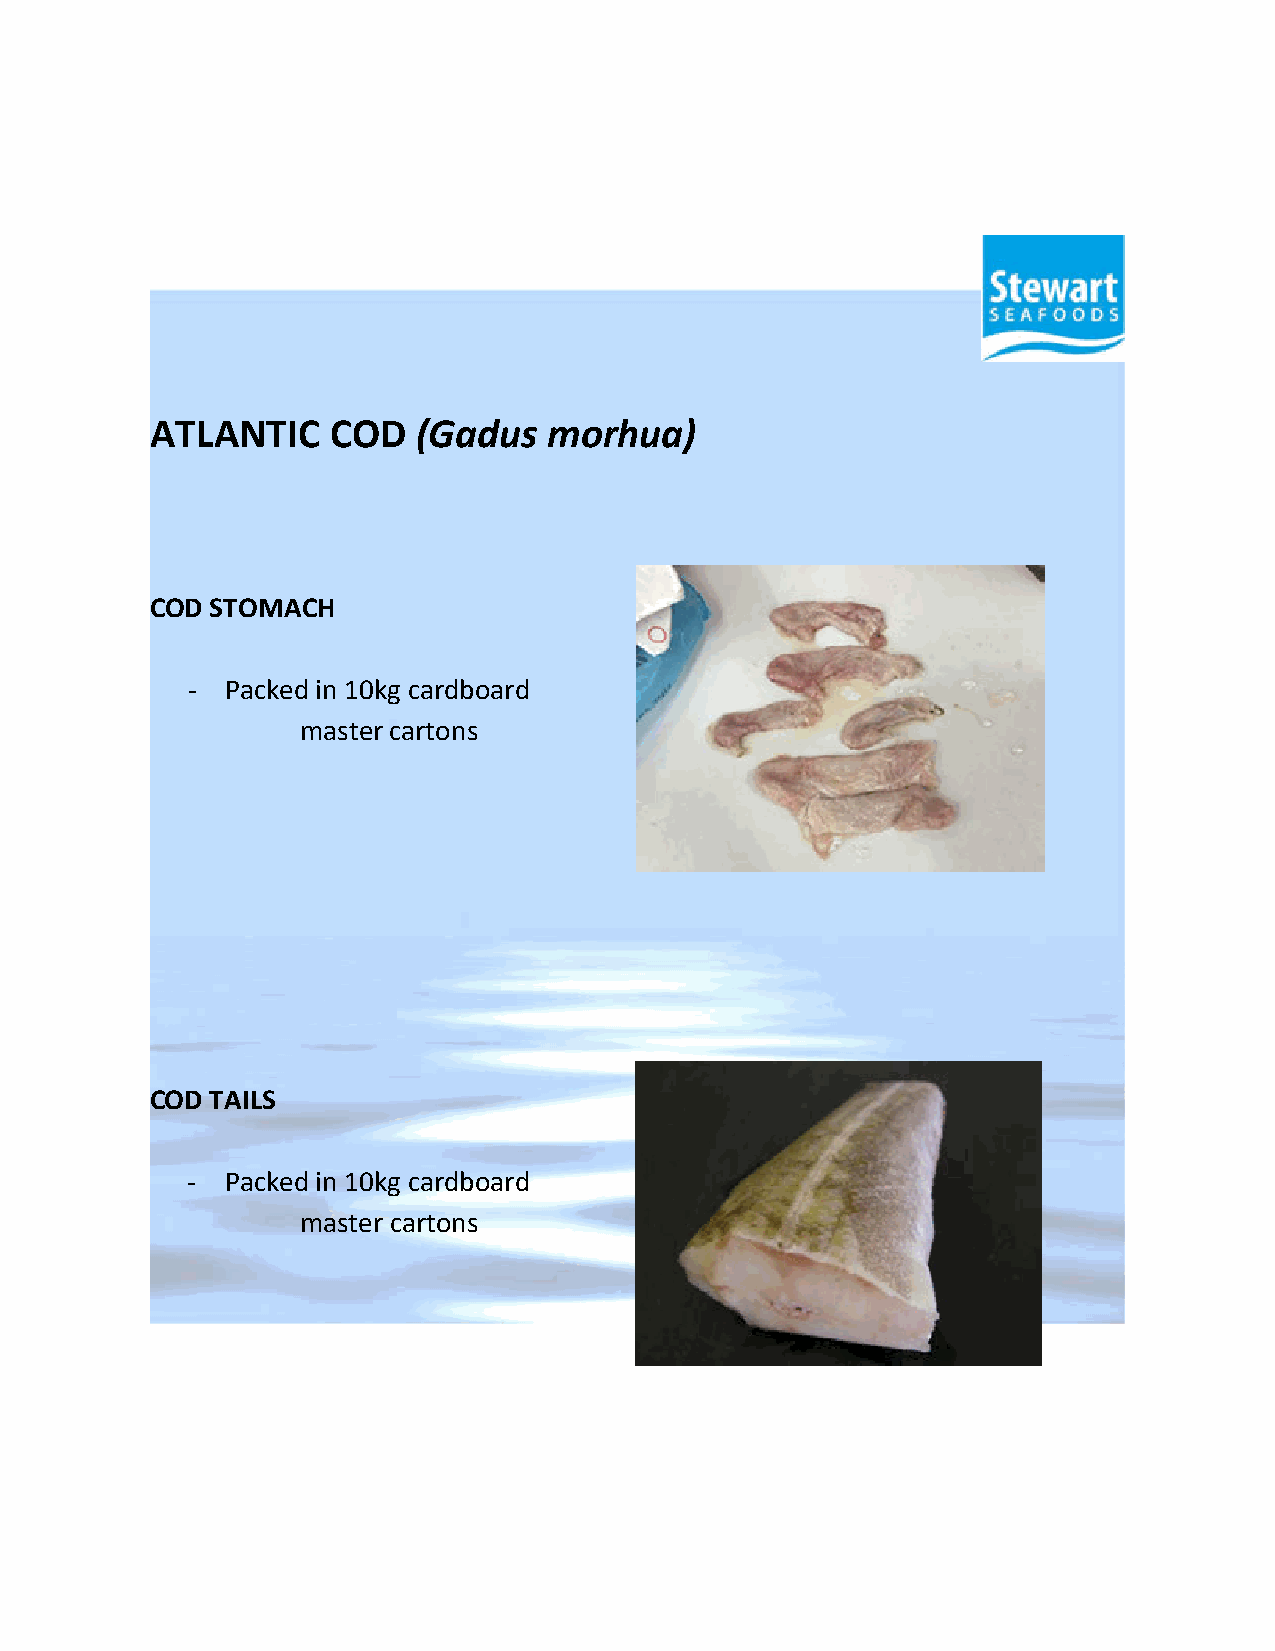
ATLANTIC    COD   (Gadus  morhua)
 COD STOMACH
 -  Packed in 10kg cardboard
 master cartons
 COD TAILS
 -  Packed in 10kg cardboard
 master cartons